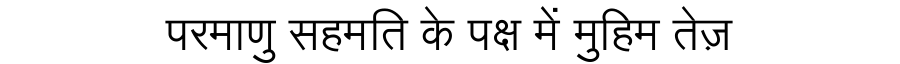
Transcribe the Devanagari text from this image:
परमाणु सहमति के पक्ष में मुहिम तेज़